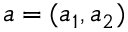
a = ( a _ { 1 } , a _ { 2 } )